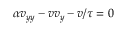
\begin{array} { r } { \alpha v _ { y y } - v v _ { y } - v / \tau = 0 } \end{array}